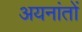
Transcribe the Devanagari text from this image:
अयनांतों